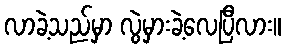
လာခဲ့သည်မှာ လွဲမှားခဲ့လေပြီလား။